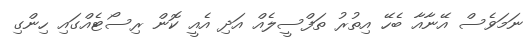
ނަމަވެސް އޭނާއާ ބެހޭ އިތުރު ތަފްސީލެއް އަދި އެއީ ކޮން ރިސޯޓެއްގައި ހިންގި